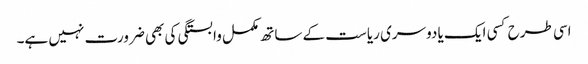
اسی طرح کسی ایک یا دوسری ریاست کے ساتھ مکمل وابستگی کی بھی ضرورت نہیں ہے۔